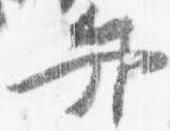
弁